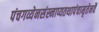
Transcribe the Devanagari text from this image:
पंचगव्येनसंस्नाप्यतथापंचामृतेनवै